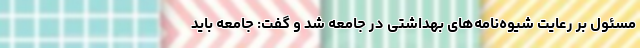
مسئول بر رعایت شیوه‌نامه‌های بهداشتی در جامعه شد و گفت: جامعه باید